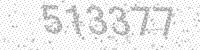
Solution: 513377